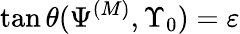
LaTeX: \tan\theta(\Psi^{(M)},\Upsilon_{0})=\varepsilon